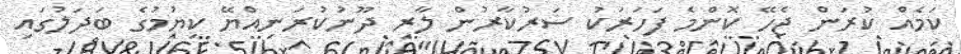
ކަމެއް ކުރަން ޖެހޭ ކޮންމެ ފަހަރަކު ސަރުކާރުން ލާރި ދޫނުކުރަނިއްޔޭ ކިޔުމުގެ ބަދަލުގައި